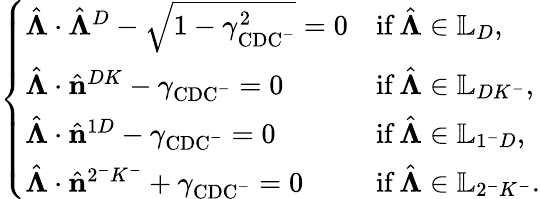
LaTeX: \left\{ \begin{array}{ll}{\hat{\boldsymbol{\Lambda}}\cdot\hat{\boldsymbol{\Lambda}}^{D}-\sqrt{1-\gamma_{\mathrm{CDC^{-}}}^{2}}=0}&{\mathrm{if}\, \hat{\boldsymbol{\Lambda}}\in\mathbb{L}_{D},}\\ {\hat{\boldsymbol{\Lambda}}\cdot\hat{\mathbf{n}}^{DK}-\gamma_{\mathrm{CDC^{-}}}=0}&{\mathrm{if}\, \hat{\boldsymbol{\Lambda}}\in\mathbb{L}_{DK^{-}},}\\ {\hat{\boldsymbol{\Lambda}}\cdot\hat{\mathbf{n}}^{1D}-\gamma_{\mathrm{CDC^{-}}}=0}&{\mathrm{if}\, \hat{\boldsymbol{\Lambda}}\in\mathbb{L}_{1^{-}D},}\\ {\hat{\boldsymbol{\Lambda}}\cdot\hat{\mathbf{n}}^{2^{-}K^{-}}+\gamma_{\mathrm{CDC^{-}}}=0}&{\mathrm{if}\, \hat{\boldsymbol{\Lambda}}\in\mathbb{L}_{2^{-}K^{-}}.}\end{array}\right.